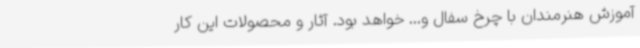
آموزش هنرمندان با چرخ سفال و... خواهد بود. آثار و محصولات این کار